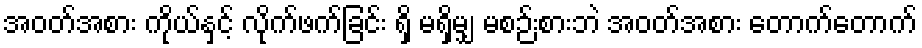
အဝတ်အစား ကိုယ်နှင့် လိုက်ဖက်ခြင်း ရှိ မရှိမျှ မစဉ်းစားဘဲ အဝတ်အစား တောက်တောက်